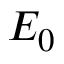
E _ { 0 }